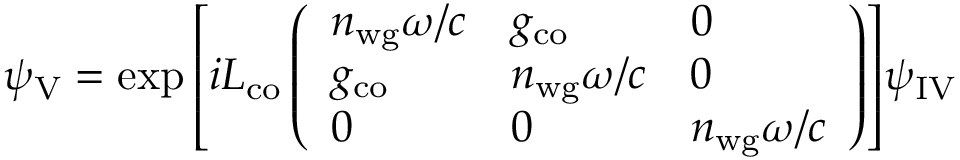
\psi _ { \mathrm { V } } = \exp { \left[ i L _ { \mathrm { c o } } \left( \begin{array} { l l l } { n _ { \mathrm { w g } } \omega / c } & { g _ { \mathrm { c o } } } & { 0 } \\ { g _ { \mathrm { c o } } } & { n _ { \mathrm { w g } } \omega / c } & { 0 } \\ { 0 } & { 0 } & { n _ { \mathrm { w g } } \omega / c } \end{array} \right) \right] } \psi _ { \mathrm { I V } }